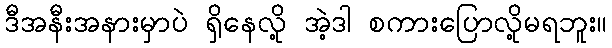
ဒီအနီးအနားမှာပဲ ရှိနေလို့ အဲ့ဒါ စကားပြောလို့မရဘူး။